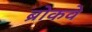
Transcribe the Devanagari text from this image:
ब्रोकवे